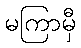
မကြာမှီ